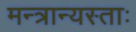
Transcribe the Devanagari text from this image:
मन्त्रान्यस्ताः